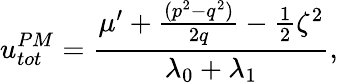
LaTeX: u_{tot}^{PM}=\frac{\mu^{\prime}+\frac{(p^{2}-q^{2})}{2q}-\frac{1}{2}\zeta^{2}}{\lambda_{0}+\lambda_{1}},